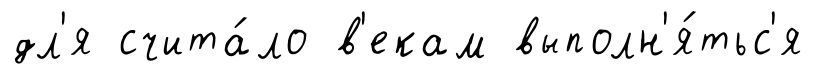
дл'я счита́ло в'екам выполн'я́тьс'я